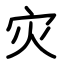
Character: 灾